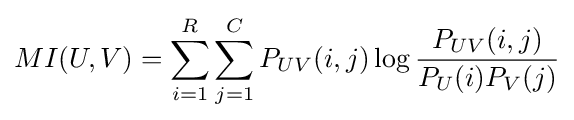
MI(U,V)=\sum _{i=1}^{R}\sum _{j=1}^{C}P_{UV}(i,j)\log {\frac {P_{UV}(i,j)}{P_{U}(i)P_{V}(j)}}